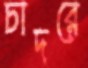
চাদরে